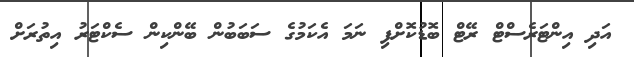
އަދި އިންޓަރެސްޓް ރޭޓް ބޮޑުކޮށްފި ނަމަ އެކަމުގެ ސަބަބުން ބޭންކިން ސެކްޓަރު އިތުރަށް